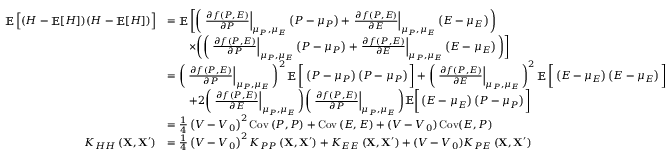
\begin{array} { r l } { \mathop { \mathbb { E } } \Big [ ( H - \mathop { \mathbb { E } } [ H ] ) ( H - \mathop { \mathbb { E } } [ H ] ) \Big ] } & { = \mathop { \mathbb { E } } \bigg [ \bigg ( \left. \frac { \partial f \left( P , E \right) } { \partial P } \right| _ { \mu _ { P } , \mu _ { E } } \left( P - \mu _ { P } \right) + \left. \frac { \partial f \left( P , E \right) } { \partial E } \right| _ { \mu _ { P } , \mu _ { E } } \left( E - \mu _ { E } \right) \bigg ) } \\ & { \qquad \times \bigg ( \bigg ( \left. \frac { \partial f \left( P , E \right) } { \partial P } \right| _ { \mu _ { P } , \mu _ { E } } \left( P - \mu _ { P } \right) + \left. \frac { \partial f \left( P , E \right) } { \partial E } \right| _ { \mu _ { P } , \mu _ { E } } \left( E - \mu _ { E } \right) \bigg ) \bigg ] } \\ & { = \bigg ( \left. \frac { \partial f \left( P , E \right) } { \partial P } \right| _ { \mu _ { P } , \mu _ { E } } \bigg ) ^ { 2 } \mathop { \mathbb { E } } \bigg [ \left( P - \mu _ { P } \right) \left( P - \mu _ { P } \right) \bigg ] + \bigg ( \left. \frac { \partial f \left( P , E \right) } { \partial E } \right| _ { \mu _ { P } , \mu _ { E } } \bigg ) ^ { 2 } \mathop { \mathbb { E } } \bigg [ \left( E - \mu _ { E } \right) \left( E - \mu _ { E } \right) \bigg ] } \\ & { \qquad + 2 \bigg ( \left. \frac { \partial f \left( P , E \right) } { \partial E } \right| _ { \mu _ { P } , \mu _ { E } } \bigg ) \bigg ( \left. \frac { \partial f \left( P , E \right) } { \partial P } \right| _ { \mu _ { P } , \mu _ { E } } \bigg ) \mathbb { E } \bigg [ \left( E - \mu _ { E } \right) \left( P - \mu _ { P } \right) \bigg ] } \\ & { = \frac { 1 } { 4 } \left( V - V _ { 0 } \right) ^ { 2 } \operatorname { C o v } \left( P , P \right) + \operatorname { C o v } \left( E , E \right) + ( V - V _ { 0 } ) \operatorname { C o v } ( E , P ) } \\ { K _ { H H } \left( \mathbf { X } , \mathbf { X } ^ { \prime } \right) } & { = \frac { 1 } { 4 } \left( V - V _ { 0 } \right) ^ { 2 } K _ { P P } \left( \mathbf { X } , \mathbf { X } ^ { \prime } \right) + K _ { E E } \left( \mathbf { X } , \mathbf { X } ^ { \prime } \right) + ( V - V _ { 0 } ) K _ { P E } \left( \mathbf { X } , \mathbf { X } ^ { \prime } \right) } \end{array}